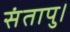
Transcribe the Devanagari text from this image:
संतापु।